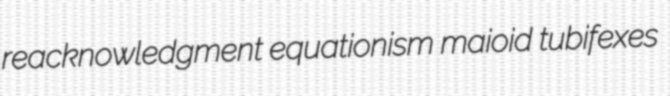
reacknowledgment equationism maioid tubifexes